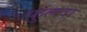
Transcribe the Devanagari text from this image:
फुलदा